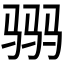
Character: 𱅒